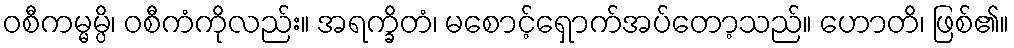
ဝစီကမ္မမ္ပိ၊ ဝစီကံကိုလည်း။ အရက္ခိတံ၊ မစောင့်ရှောက်အပ်တော့သည်။ ဟောတိ၊ ဖြစ်၏။